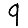
Digit: 9